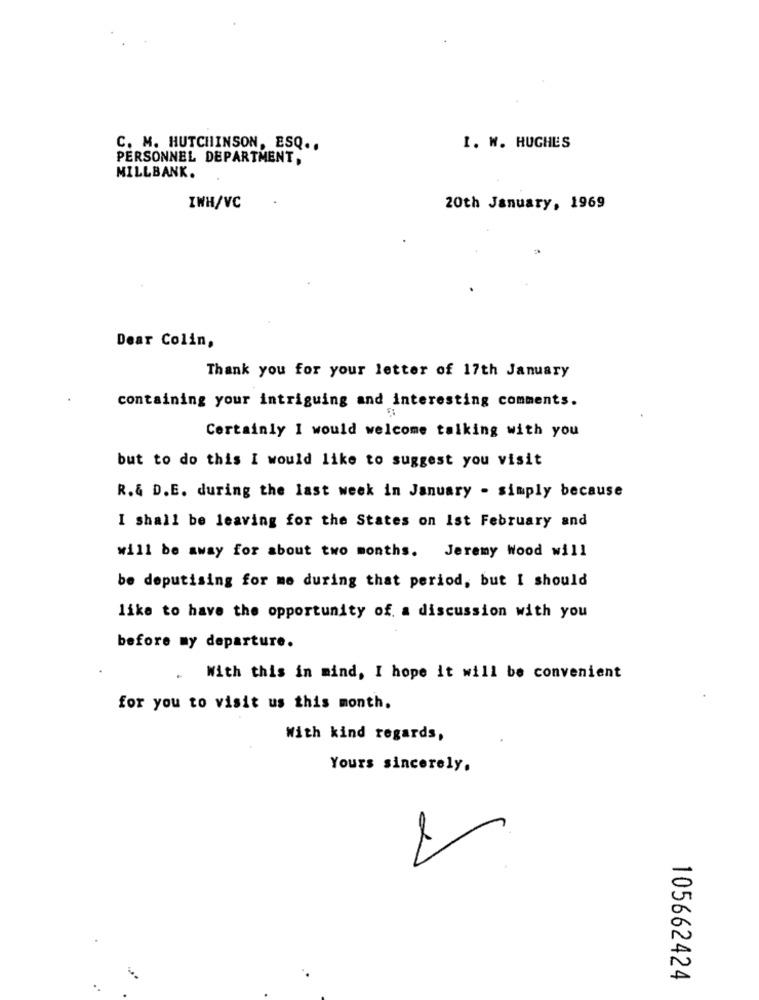
C. M. HUTCHINSON, ESQ ..
I. W. HUGHES
PERSONNEL DEPARTMENT,
MILLBANK.
IWH/VC
20th January, 1969
Dear Colin,
Thank you for your letter of 17th January
containing your intriguing and interesting comments.
Certainly I would welcome talking with you
but to do this I would like to suggest you visit
R.& D.E. during the last week in January - simply because
I shall be leaving for the States on Ist February and
will be away for about two months. Jeremy Wood will
be deputising for me during that period, but I should
like to have the opportunity of. a discussion with you
before my departure.
.
With this in mind, I hope it will be convenient
for you to visit us this month.
With kind regards,
Yours sincerely.
105662424